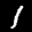
Label: 1